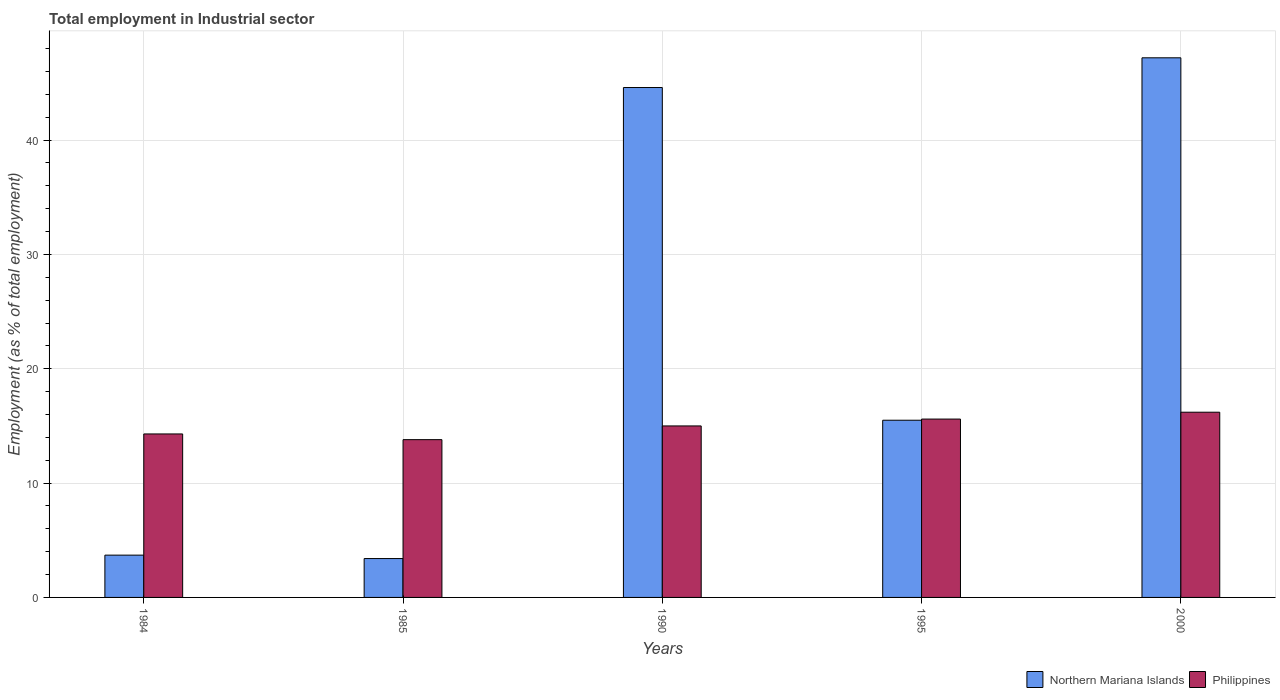
| Years | Northern Mariana Islands | Philippines |
 | --- | --- | --- |
 | 1984 | 3.7 | 14.3 |
 | 1985 | 3.4 | 13.8 |
 | 1990 | 44.6 | 15 |
 | 1995 | 15.5 | 15.6 |
 | 2000 | 47.2 | 16.2 |